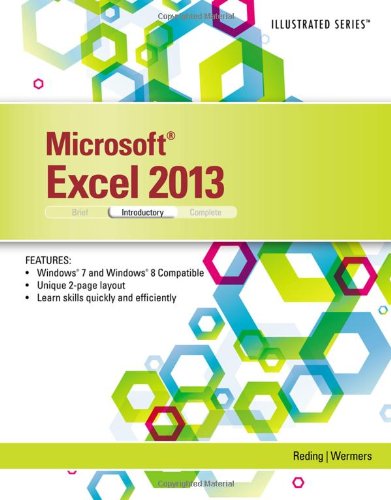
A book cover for Microsoft Excel 2013: Illustrated Introductory; Elizabeth Reding; Computers & Technology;